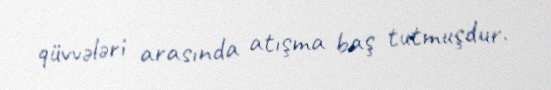
qüvvələri arasında atışma baş tutmuşdur.